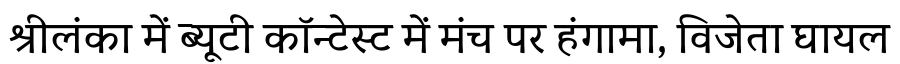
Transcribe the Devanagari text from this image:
श्रीलंका में ब्यूटी कॉन्टेस्ट में मंच पर हंगामा, विजेता घायल